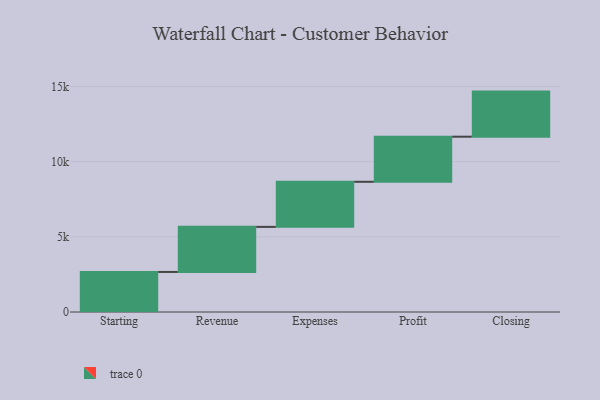
{"axis": {"x": "Step", "y": "Value"}, "legend": [""], "data": [{"x": "Starting", "y": 2664.0, "type": ""}, {"x": "Revenue", "y": 3000, "type": ""}, {"x": "Expenses", "y": 3000, "type": ""}, {"x": "Profit", "y": 3000, "type": ""}, {"x": "Closing", "y": 3000, "type": ""}]}